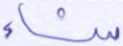
شاء